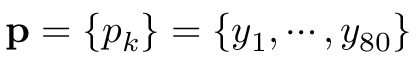
{ \bf p } = \{ p _ { k } \} = \{ y _ { 1 } , \cdots , y _ { 8 0 } \}